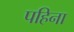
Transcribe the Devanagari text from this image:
पहिना